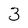
Character: 3